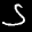
Label: 5